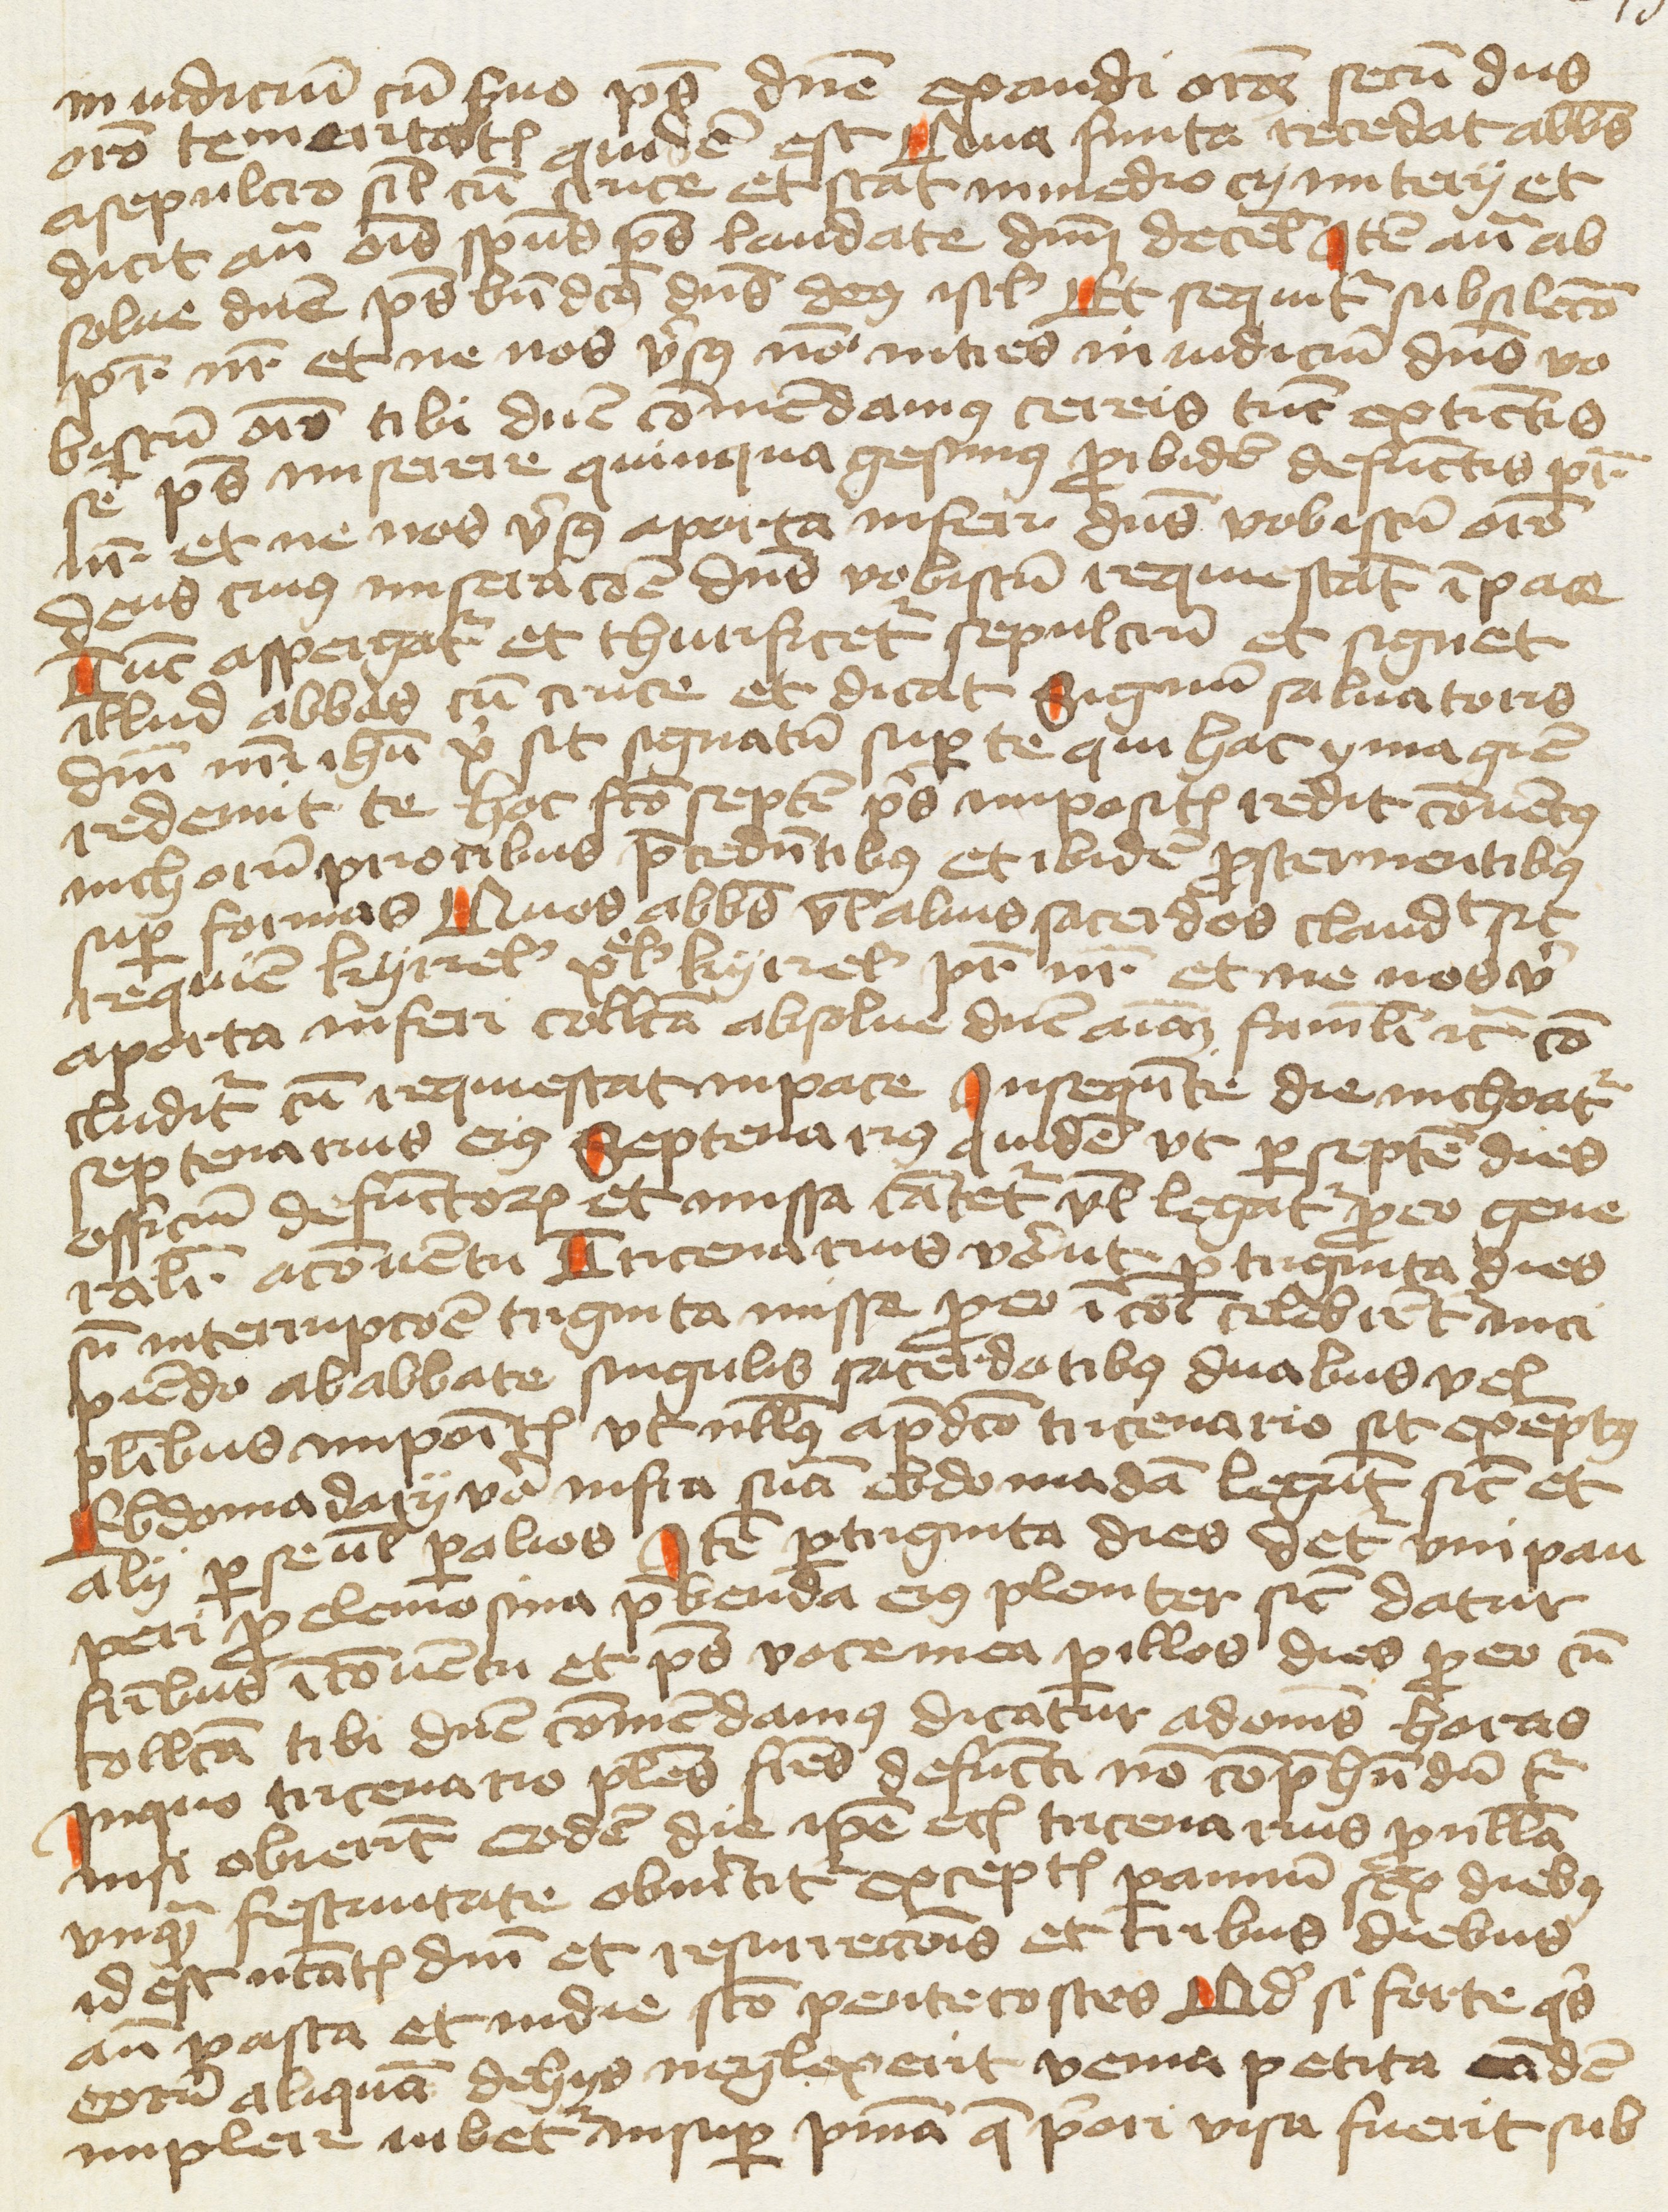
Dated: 1400–1499